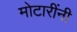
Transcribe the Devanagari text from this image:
मोटारींनी